Indian journal of veterinary science and animal husbandry - Volume 4,
Year: 1934
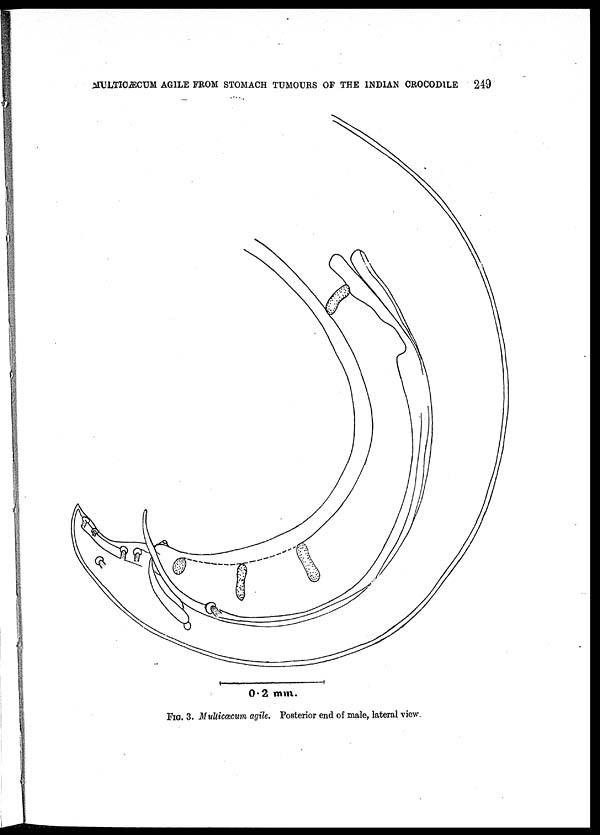
MULTICÆCUM AGILE FROM STOMACH TUMOURS OF THE INDIAN CROCODILE
249
FIG. 3. Multicæcum agile. Posterior end of male, lateral view.